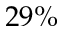
2 9 \%